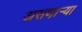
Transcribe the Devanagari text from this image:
असणा़ऱ्या